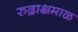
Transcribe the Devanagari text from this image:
रुद्राक्षमाळ